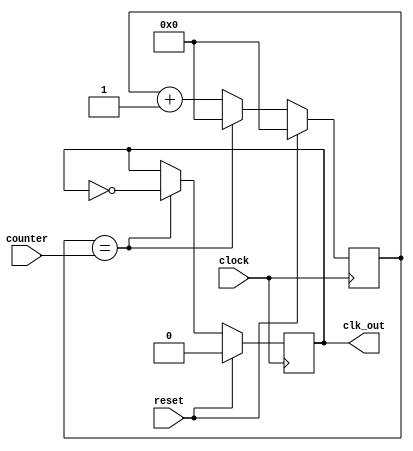
`timescale 1ns / 1ps
//////////////////////////////////////////////////////////////////////////////////
// Company: 
// Engineer: 
// 
// Design Name: 
// Module Name:    clk_gen 
// Project Name: 
// Target Devices: 
// Tool versions: 
// Description: 
//
// Dependencies: 
//
// Revision: 
// Revision 0.01 - File Created
// Additional Comments: 
//
//////////////////////////////////////////////////////////////////////////////////
module clk_gen(
    input clock,
	 input reset,
    input [27:0] counter,
    output reg clk_out
    );

reg [27:0] count_to;

initial
begin
	clk_out <= 1'b0;
	count_to <= 1'b0;
end

always @ (posedge clock)
begin
	if (reset)
	begin
		clk_out <= 1'b0;
		count_to <= 28'b0;
	end
	else if (count_to == counter)
	begin
		clk_out <= ~clk_out;
		count_to <= 28'b0;
	end
	else
	begin
		count_to <= count_to + 1'b1;
	end
end

endmodule